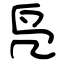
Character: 凫